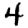
Digit: 4